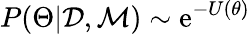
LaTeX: P(\Theta|\mathcal{D},\mathcal{M})\sim\mathrm{e}^{-U(\theta)}